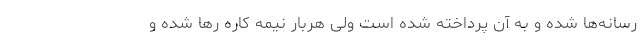
رسانه‌ها شده و به آن پرداخته شده است ولی هربار نیمه کاره رها شده و